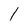
Character: 1